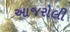
આજરોલી